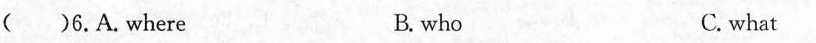
（）6.A.Where B. who C. what